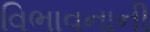
વિભાવનાની